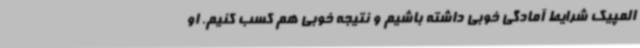
المپیک شرایط آمادگی خوبی داشته باشیم و نتیجه خوبی هم کسب کنیم. او